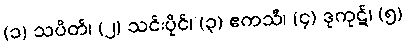
(၁) သပိတ်၊ (၂) သင်းပိုင်၊ (၃) ဧကသီ၊ (၄) ဒုကုဋ်၊ (၅)